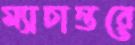
ম্যাচান্তরে